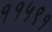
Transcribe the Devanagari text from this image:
११५९१